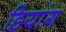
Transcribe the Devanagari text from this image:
डियांग